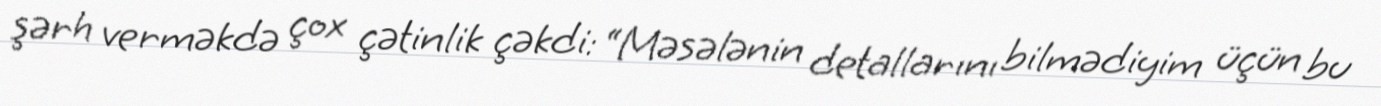
şərh verməkdə çox çətinlik çəkdi: “Məsələnin detallarını bilmədiyim üçün bu